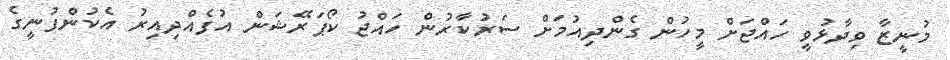
މުނީޒާ ވިދާޅުވީ ހައްޖަށް މީހުން ގެންދިއުމަށް ސަރުކާރުން ހައްޖު ކޯޕަރޭޝަން އުފެއްދިއިރު އެކުންފުނީގެ